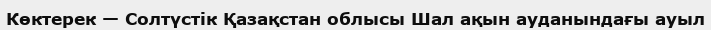
Көктерек — Солтүстік Қазақстан облысы Шал ақын ауданындағы ауыл